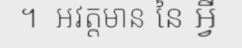
។  អវត្តមាន នៃ អ្វី